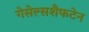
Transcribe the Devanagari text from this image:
गेसेल्सशैफटेन